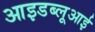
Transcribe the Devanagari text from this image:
आइडब्लूआई